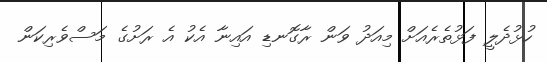
ހުޅުދެލީ ފަޅުތެރެއަށް މިއަދު ވަން ރާގޮނޑި އައިނާ އެކު އެ ރަށުގެ މަސްވެރިކަން